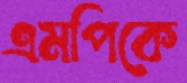
এমপিকে